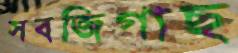
সবজিগাছ